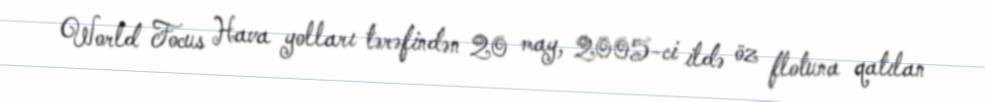
World Focus Hava yolları tərəfindən 20 may, 2005-ci ildə öz flotuna qatılan